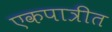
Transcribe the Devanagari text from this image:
एकपात्रीत